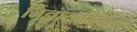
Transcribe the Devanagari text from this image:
जिज्ञासमानानां